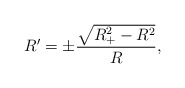
\begin{align*}R^{\prime}=\pm\frac{\sqrt{R^2_+-R^2}}{R},\end{align*}